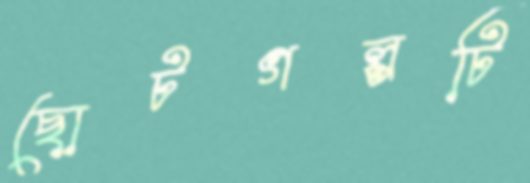
ছোটগল্পটি